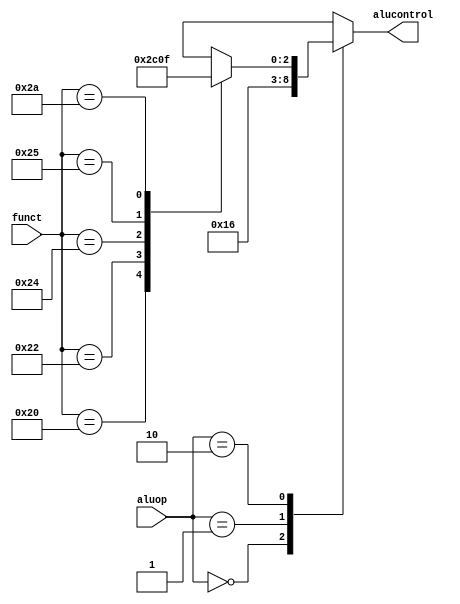
module alucontrol(input [1:0] aluop, // alu op code
                  input [5:0] funct, // function code
                  output reg [2:0] alucontrol // generated control signals for the ALU
                  );
   // FUNCT field definitions
   parameter ADD = 6'b100000;
   parameter SUB = 6'b100010;
   parameter AND = 6'b100100;
   parameter OR  = 6'b100101;
   parameter SLT = 6'b101010;
   // The Synopsys full_case directives are given on each statement to tell the
   // synthezizer that all the cases we care about are handled. This avoids
   // needing a default that takes extra logic gate or implying a latch.
   always @(*)
     case (aluop) // synopsys full_case
       2'b00: alucontrol = 3'b010; // add (for lb/sb/addi)
       2'b01: alucontrol = 3'b110; // sub (for beq)
       2'b10: case (funct) // synopsys full_case
                ADD: alucontrol = 3'b010; // add (for add)
                SUB: alucontrol = 3'b110; // sub (for sub)
                AND: alucontrol = 3'b000; // logical and (for and)
                OR:  alucontrol = 3'b001; // logical or (for or)
                SLT: alucontrol = 3'b111; // set on less (for slt)
                // no other functions are legal (don't care)
              endcase // case (funct)
       // aluop = 11 is never given (don't care)
     endcase // case (aluop)
endmodule